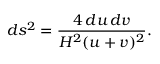
d s ^ { 2 } = \frac { 4 \, d u \, d v } { H ^ { 2 } ( u + v ) ^ { 2 } } .